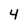
Character: 4